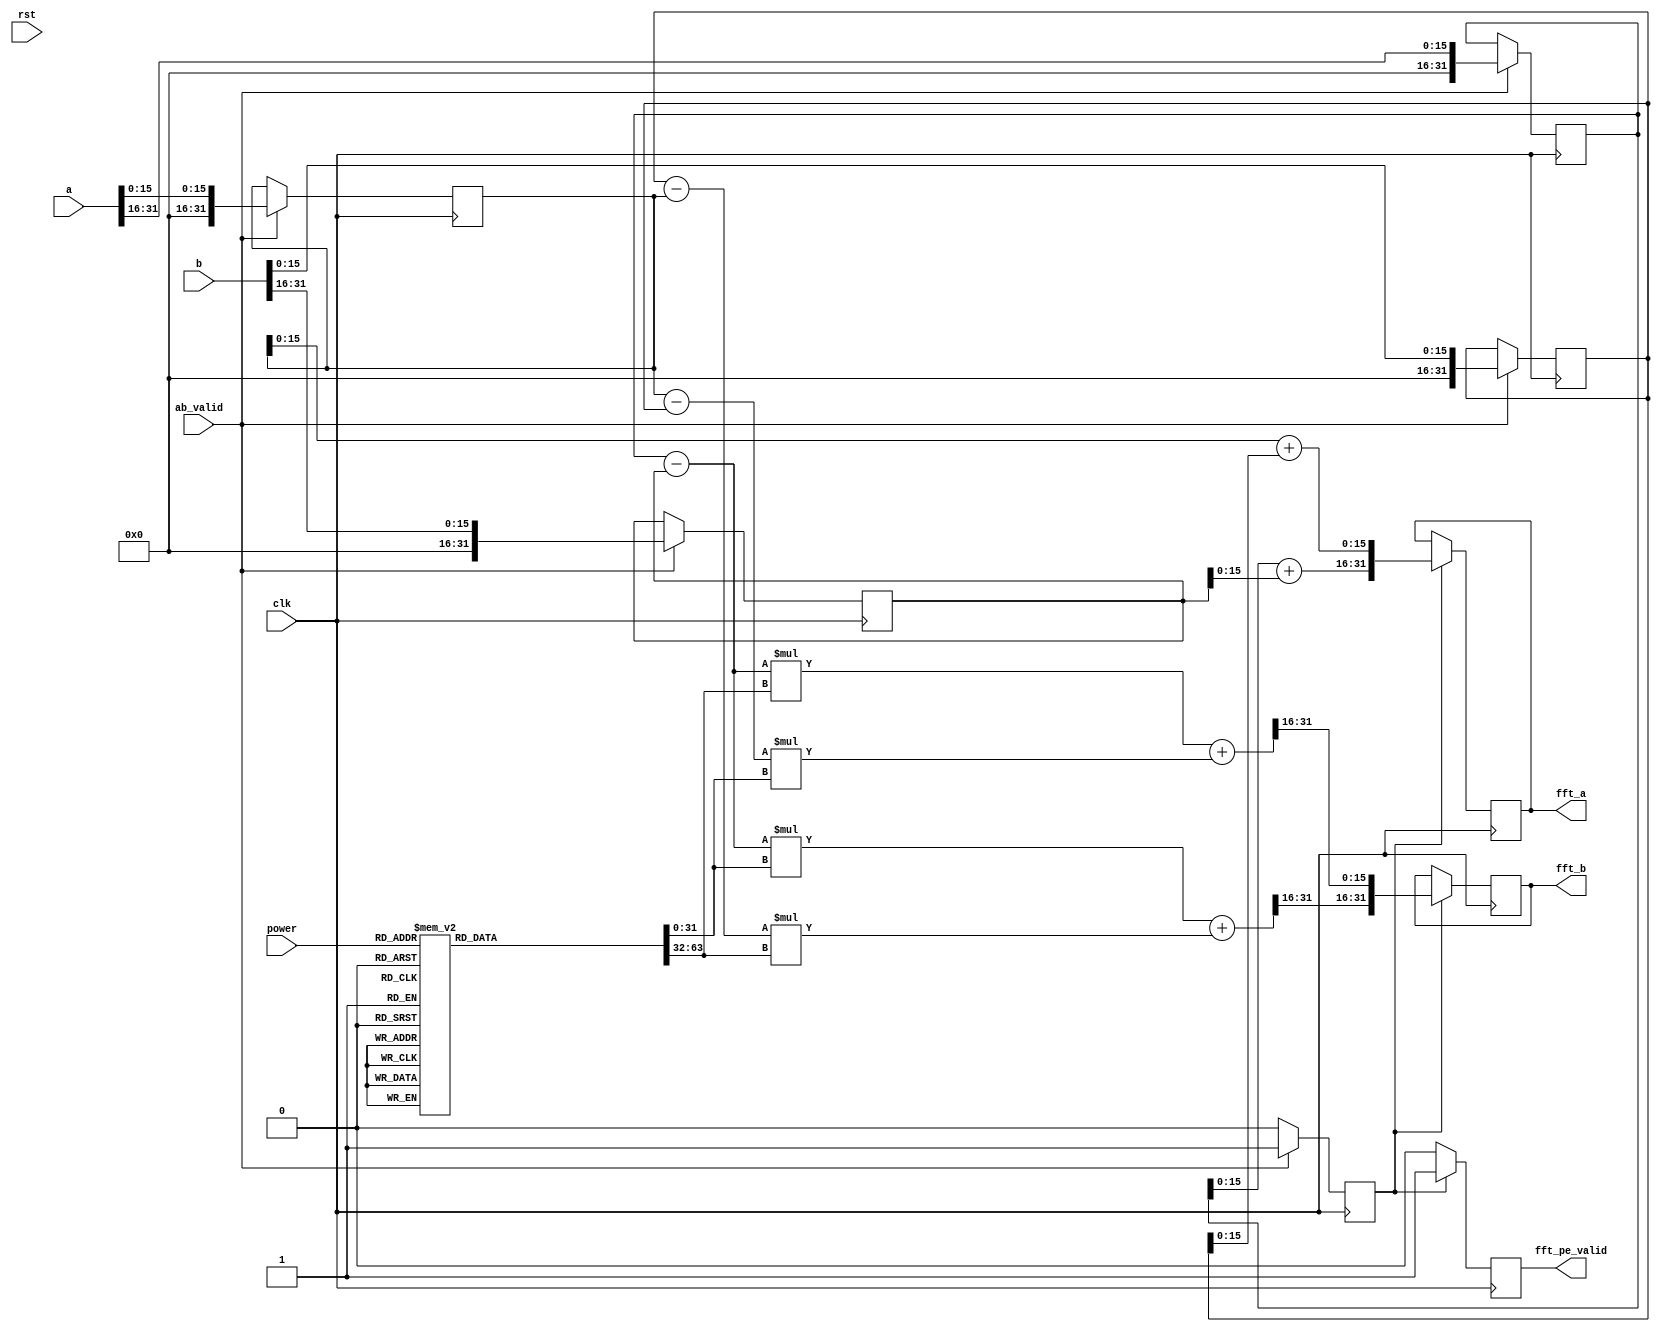
module FFT_PE(
			 clk, 
			 rst, 			 
			 a, 
			 b,
			 power,			 
			 ab_valid, 
			 fft_a, 
			 fft_b,
			 fft_pe_valid
			 );
input clk, rst; 		 
input signed [31:0] a, b;
input [2:0] power;
input ab_valid;		 
output reg signed [31:0] fft_a, fft_b;
output reg fft_pe_valid;

	reg signed [31:0]a_tmp_real,a_tmp_img,b_tmp_real,b_tmp_img;
	reg [2:0]state, next_state;
	reg pe_flag;
	reg signed[31:0]W_real,W_img;
	reg signed[31:0]a_real,a_img,b_real,b_img;
	

	parameter IDLE = 3'd0;
	parameter READ = 3'd1;
	parameter WRITE = 3'd2;
	parameter FINISH = 3'd3;

	always @(posedge clk or posedge rst) begin
		if(rst == 1) state <= IDLE;
		else state <= next_state;
	end

	always @(posedge clk) begin
		if(ab_valid) next_state <= READ;
		else if(pe_flag) next_state <= WRITE;
		else next_state <= IDLE;
	end

	always@(*)begin
		case(power)
			3'd0:begin W_real=32'h00010000; W_img=32'h00000000; end
			3'd1:begin W_real=32'h0000EC83; W_img=32'hFFFF9E09; end
			3'd2:begin W_real=32'h0000B504; W_img=32'hFFFF4AFC; end
			3'd3:begin W_real=32'h000061F7; W_img=32'hFFFF137D; end
			3'd4:begin W_real=32'h00000000; W_img=32'hFFFF0000; end
			3'd5:begin W_real=32'hFFFF9E09; W_img=32'hFFFF137D; end
			3'd6:begin W_real=32'hFFFF4AFC; W_img=32'hFFFF4AFC; end
			3'd7:begin W_real=32'hFFFF137D; W_img=32'hFFFF9E09; end
		endcase
	end

	always @(posedge clk) begin
		if(ab_valid)begin
			a_real <= a[31:16];
			a_img <= a[15:0];
			b_real <= b[31:16];
			b_img <= b[15:0];
			pe_flag <= 1;
		end
		else 
		begin
			pe_flag <= 0;		
		end
	end

	always @(negedge clk) begin
		if(pe_flag)
		begin
			fft_pe_valid <= 1;
			fft_a <= {a_tmp_real[15:0],a_tmp_img[15:0]};
			fft_b <= {b_tmp_real[31:16],b_tmp_img[31:16]};
		end
		else fft_pe_valid<= 0;
	end

	always@(*)begin
		a_tmp_real = a_real+b_real;
		a_tmp_img = a_img+b_img;
		b_tmp_real = (a_real-b_real)*W_real+(b_img-a_img)*W_img;
		b_tmp_img = (a_real-b_real)*W_img+(a_img-b_img)*W_real;
	end
endmodule